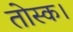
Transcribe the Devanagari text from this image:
तोस्क।